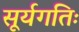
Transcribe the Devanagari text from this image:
सूर्यगतिः